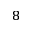
^ 8